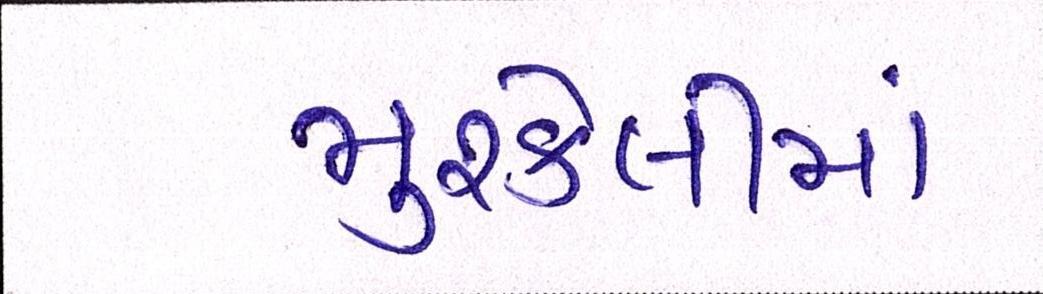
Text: મુશ્કેલીમાં